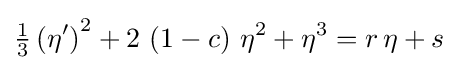
{\tfrac {1}{3}}\left(\eta '\right)^{2}+2\,\left(1-c\right)\,\eta ^{2}+\eta ^{3}=r\,\eta +s